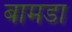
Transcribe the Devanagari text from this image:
बामडा